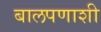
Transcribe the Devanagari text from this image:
बालपणाशी